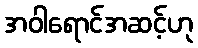
အဝါရောင်အဆင့်ဟု